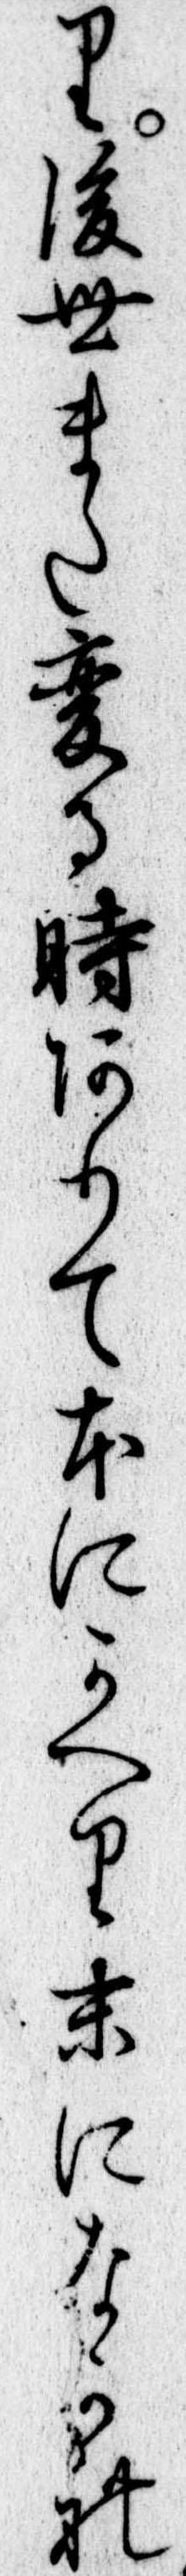
り後世また変る時ありて本にかへり末になかれ